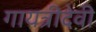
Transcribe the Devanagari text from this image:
गायत्रीदेवी